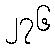
၂၇၆